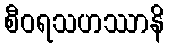
စီဝရသဟဿာနိ